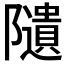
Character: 𨽟